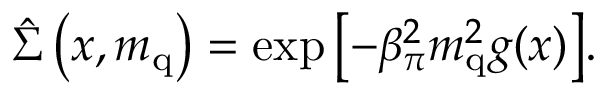
\hat { \Sigma } \left( x , m _ { \mathrm { q } } \right) = \exp { \left[ - \beta _ { \pi } ^ { 2 } m _ { \mathrm { q } } ^ { 2 } g ( x ) \right] } .